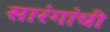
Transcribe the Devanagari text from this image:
सारंगांची